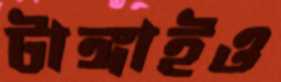
টাঙ্গাইও